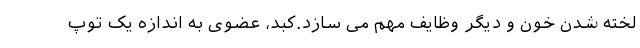
لخته شدن خون و دیگر وظایف مهم می سازد.کبد، عضوی به اندازه یک توپ